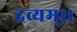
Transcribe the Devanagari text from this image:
द्रव्यम्।।